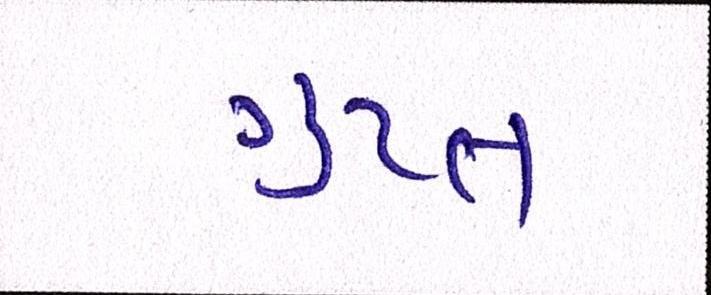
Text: ગુપ્ત